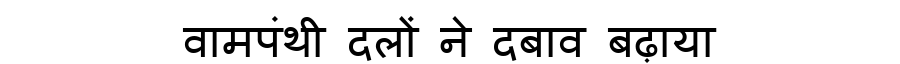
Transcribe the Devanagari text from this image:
वामपंथी दलों ने दबाव बढ़ाया